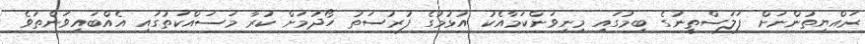
ރައްޔިތުންނަށް ފަލަސްތީނުގެ ބިމުގައި މިނިވަންކަމާއެކު އުޅުމުގެ ފުރުސަތު ހޯދުމަށް ކުރާ މަސައްކަތުގައި އެއްބައިވަންތަވެ